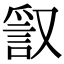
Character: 𧧞